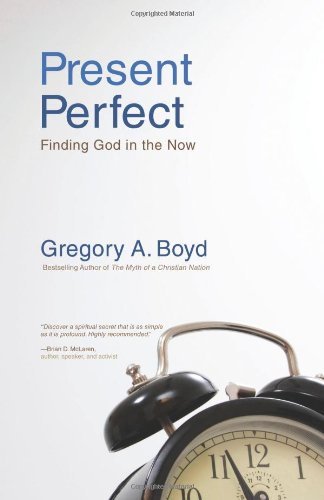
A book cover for Present Perfect: Finding God in the Now; Gregory A. Boyd; Religion & Spirituality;